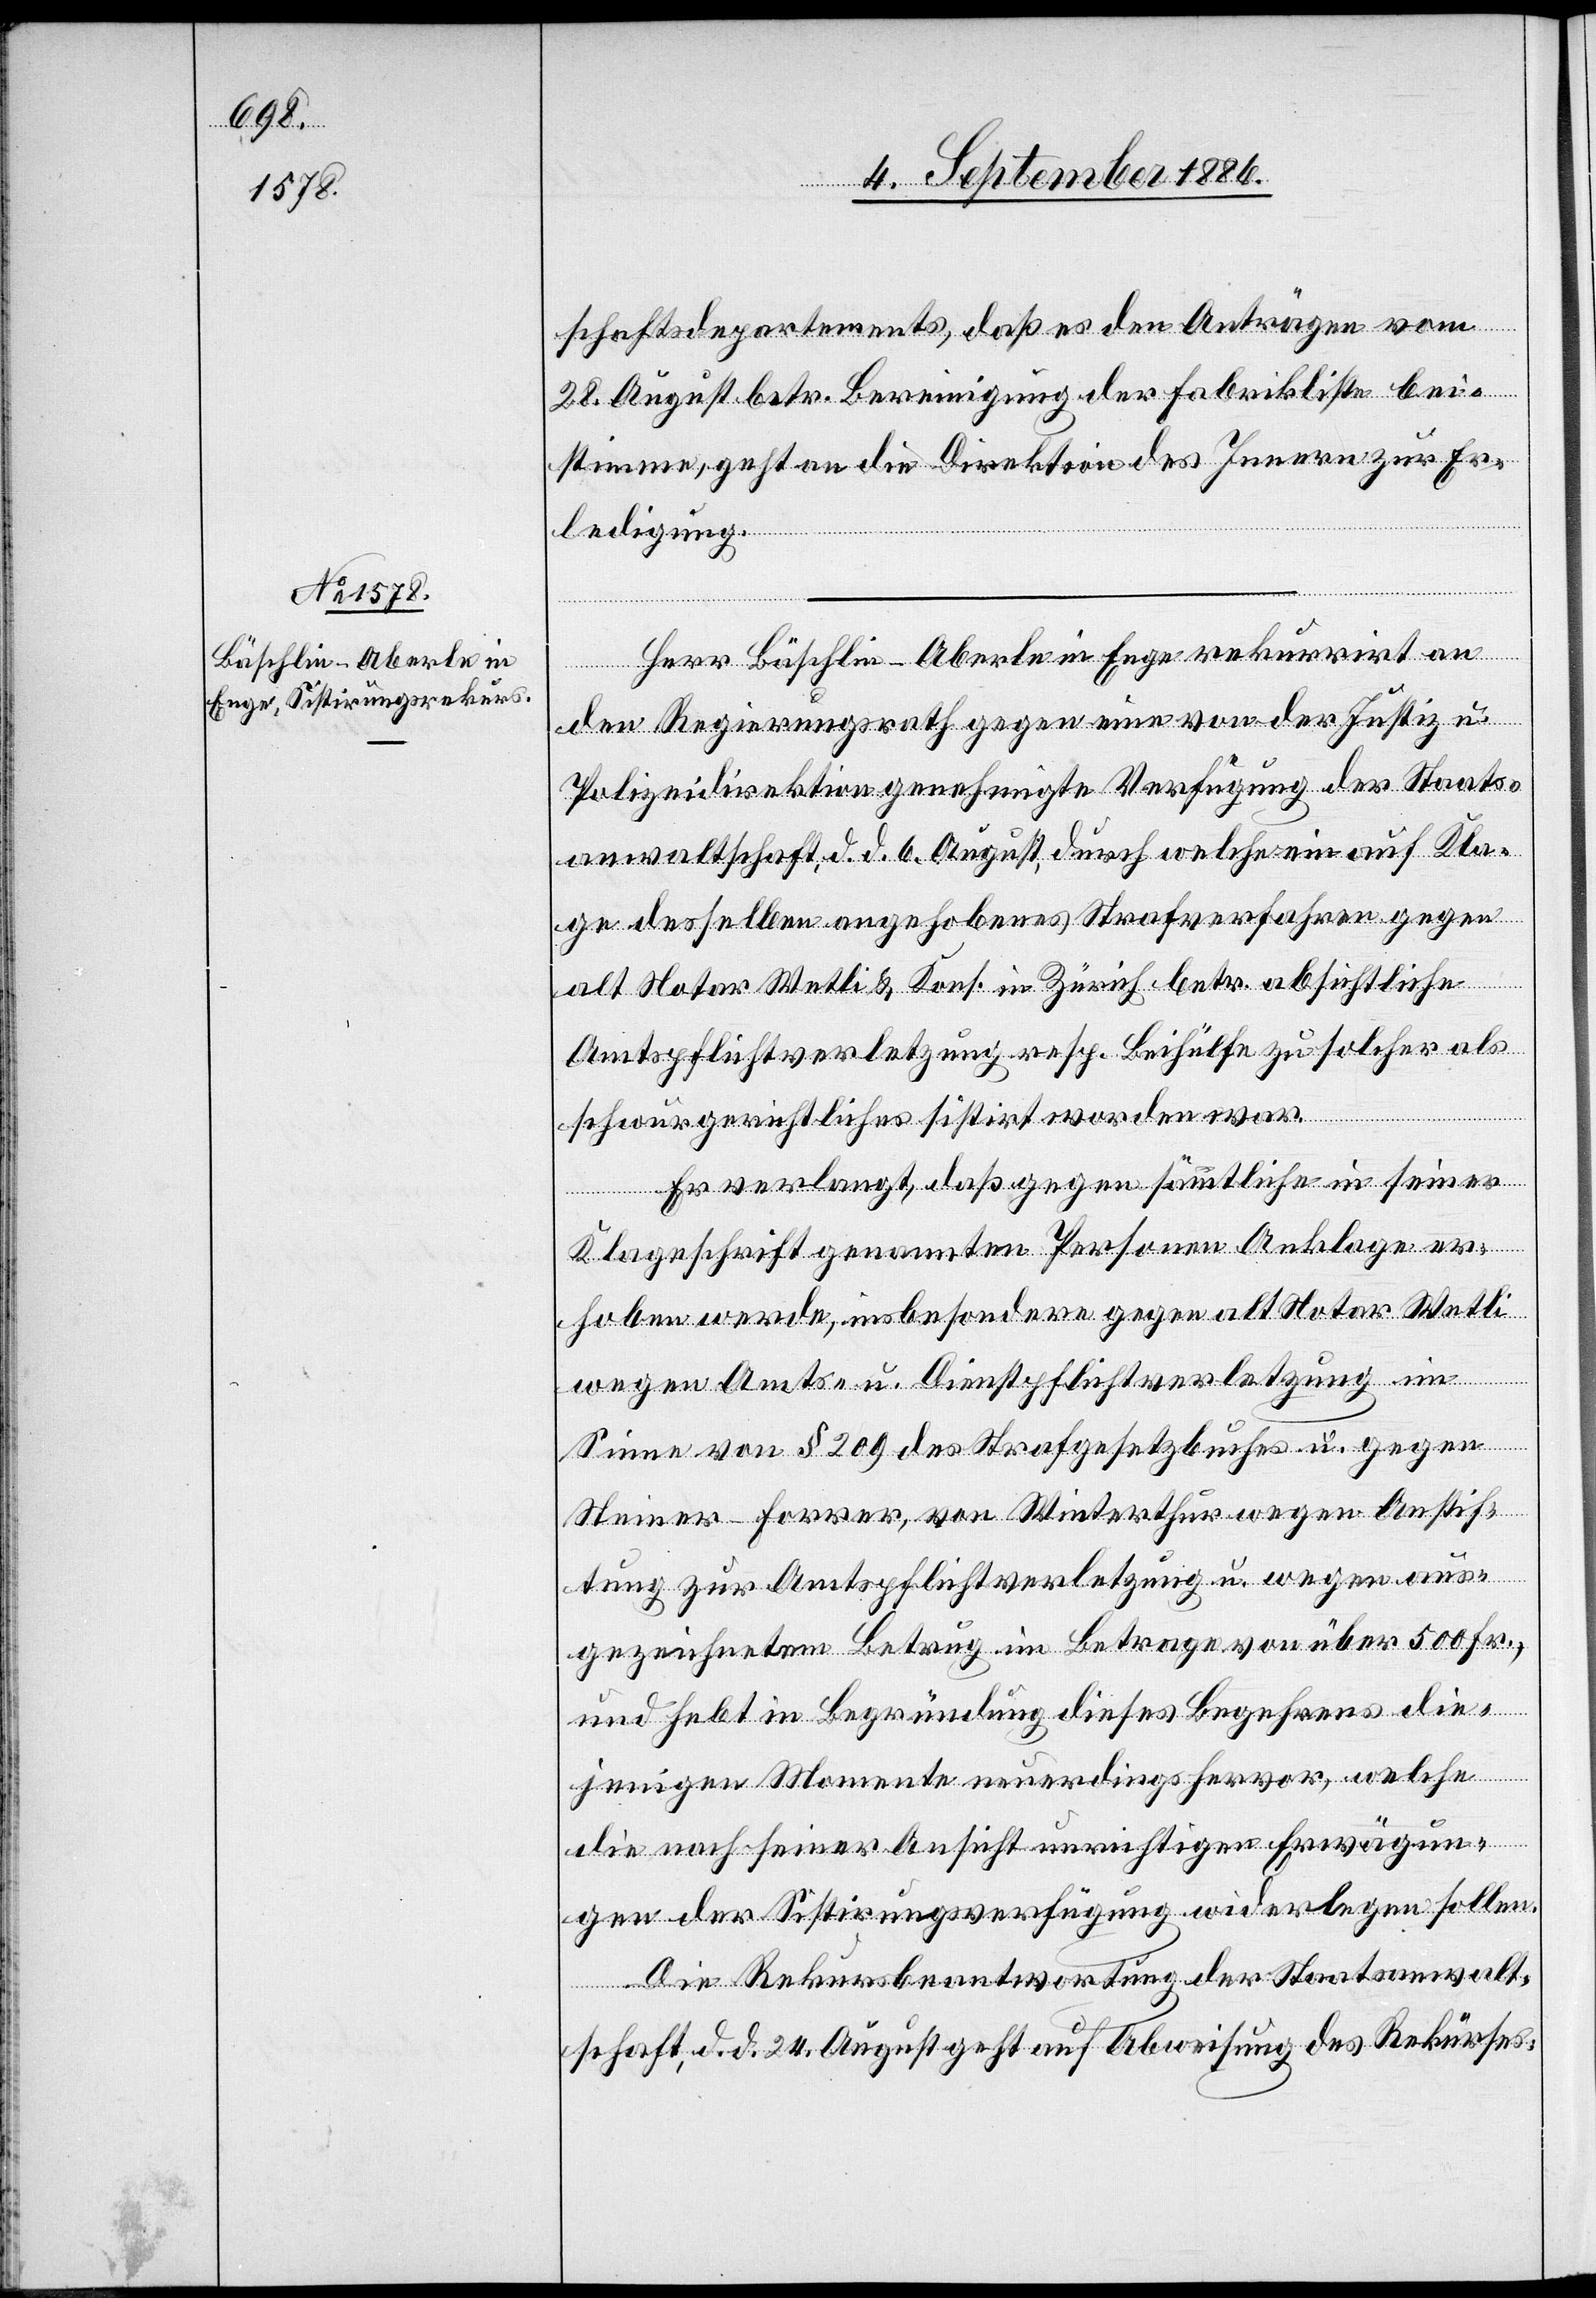
schaftsdepartements, daß es den Anträgen vom
28. August betr. Bereinigung der Fabrikliste bei¬
stimme, geht an die Direktion des Innern zur Er¬
ledigung.
Herr Bäschlin-Aberle in Enge rekurrirt an
den Regierungsrath gegen eine von der Justiz- u.
Polizeidirektion genehmigte Verfügung der Staats¬
anwaltschaft, d. d. 6. August, durch welche ein auf Kla¬
ge desselben angehobenes Strafverfahren gegen
alt Notar Wetli & Kons. in Zürich betr. absichtliche
Amtspflichtverletzung resp. Beihülfe zu solcher als
schwurgerichtliches sistirt worden war.
Er verlangt, daß gegen sämmtliche in seiner
Klageschrift genannten Personen Anklage er¬
hoben werde, insbesondere gegen alt Notar Wetli
wegen Amts- u. Dienstpflichtverletzung im
Sinne von § 209 des Strafgesetzbuches u. gegen
Steiner-Forrer, von Winterthur wegen Anstif¬
tung zur Amtspflichtverletzung u. wegen aus¬
gezeichnetem Betrug im Betrage von über 500 Fr.,
und hebt in Begründung dieses Begehrens die¬
jenigen Momente neuerdings hervor, welche
die nach seiner Ansicht unrichtigen Erwägun¬
gen der Sistirungsverfügung widerlegen sollen.
Die Rekursbeantwortung der Staatsanwalt¬
schaft, d. d. 24. August geht auf Abweisung des Rekurses: